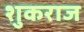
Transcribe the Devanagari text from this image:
शुकराज